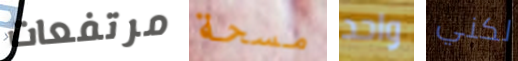
مرتفعات مسحة واحد لكني